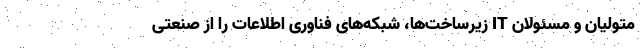
متولیان و مسئولان IT زیرساخت‌ها، شبکه‌های فناوری اطلاعات را از صنعتی